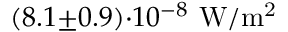
( 8 . 1 { \pm } 0 . 9 ) { \cdot } 1 0 ^ { - 8 } \ \mathrm { W / m ^ { 2 } }